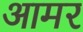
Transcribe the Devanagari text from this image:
आमर